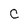
Character: C